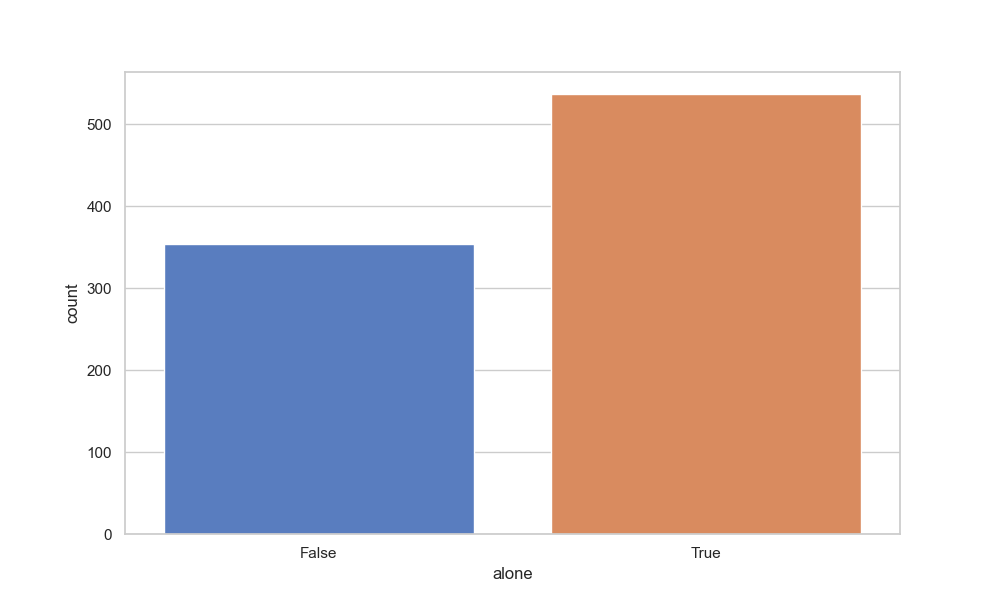
python, seaborn, countplot, x='alone', palette='muted', hue='None'